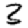
Digit: 3